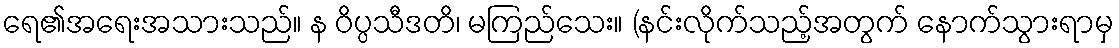
ရေ၏အရေးအသားသည်။ န ဝိပ္ပသီဒတိ၊ မကြည်သေး။ (နင်းလိုက်သည့်အတွက် နောက်သွားရာမှ